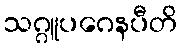
သဂ္ဂူပဂေနပီတိ